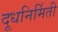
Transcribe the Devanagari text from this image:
दूधनिर्मिती